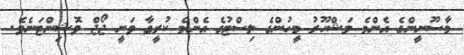
މާސޫނީންގެ އެންމެ މަޝްހޫރު މީހުންގެ ލިސްޓުގެ އެންމެ ކުރީގާ ވަނީ ޖޯޖް ވޮޝިންޓަނެވެ.